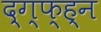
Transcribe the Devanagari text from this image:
द्ग्फ्ह्न